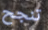
تنجح